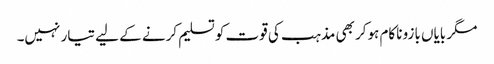
مگر بایاں بازو ناکام ہوکر بھی مذہب کی قوت کو تسلیم کرنے کے لیے تیار نہیں۔